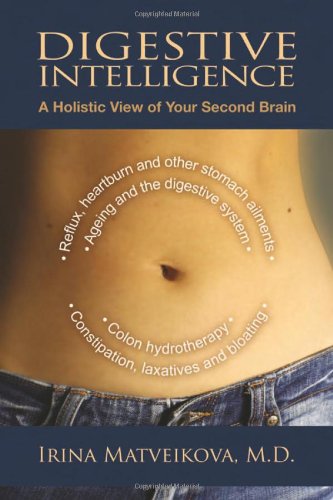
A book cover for Digestive Intelligence: A Holistic View of Your Second Brain; Irina Matveikova; Health, Fitness & Dieting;